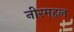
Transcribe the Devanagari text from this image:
नीरमहल